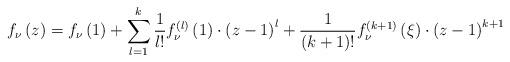
LaTeX: \begin{align*}f_{\nu}\left(z\right)=f_{\nu}\left(1\right)+\sum_{l=1}^{k}\frac{1}{l!}f_{\nu}^{\left(l\right)}\left(1\right)\cdot\left(z-1\right)^{l}+\frac{1}{\left(k+1\right)!}f_{\nu}^{\left(k+1\right)}\left(\xi\right)\cdot\left(z-1\right)^{k+1}\end{align*}